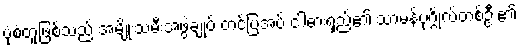
ပုံစံတူဖြစ်သည် အမျိုးသမီးအဖွဲ့ချုပ် တင်ပြအပ် ငါ့ဓားရှည်၏ သာမန်ပုဂ္ဂိုလ်တစ်ဦး၏